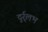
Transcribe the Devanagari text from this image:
दुर्र्लभ